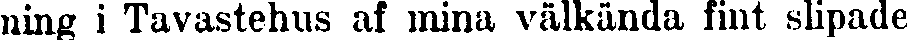
ning i Tavastehus af mina välkända fint slipade